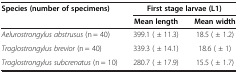
<table><thead><tr><td rowspan="2"><b>Species (number of specimens)</b></td><td colspan="2"><b>First stage larvae (L1)</b></td></tr><tr><td><b>Mean length</b></td><td><b>Mean width</b></td></tr></thead><tbody><tr><td><i>Aelurostrongylus abstrusus</i> (n = 40)</td><td>399.1 ( ± 11.3)</td><td>18.5 ( ± 1.2)</td></tr><tr><td><i>Troglostrongylus brevior</i> (n = 40)</td><td>339.3 ( ± 14.1)</td><td>18.6 ( ± 1)</td></tr><tr><td><i>Troglostrongylus subcrenatus</i> (n = 10)</td><td>280.7 ( ± 17.9)</td><td>15.5 ( ± 1.7)</td></tr></tbody></table>